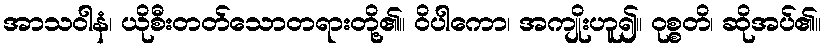
အာသဝါနံ၊ ယိုစီးတတ်သောတရားတို့၏။ ဝိပါကော၊ အကျိုးဟူ၍။ ဝုစ္စတိ၊ ဆိုအပ်၏။